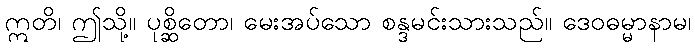
ဣတိ၊ ဤသို့။ ပုစ္ဆိတော၊ မေးအပ်သော စန္ဒမင်းသားသည်။ ဒေဝဓမ္မာနာမ၊